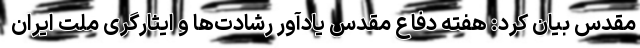
مقدس بیان کرد: هفته دفاع مقدس یادآور رشادت‌ها و ایثارگری ملت ایران